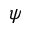
\psi